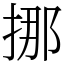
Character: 挪